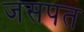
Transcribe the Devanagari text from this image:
जसपत